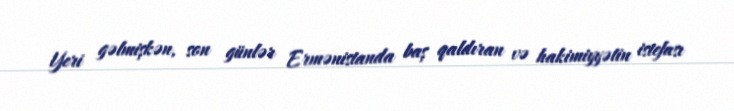
Yeri gəlmişkən, son günlər Ermənistanda baş qaldıran və hakimiyyətin istefası